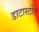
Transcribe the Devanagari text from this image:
डाटास्टोर